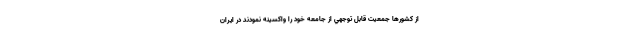
از كشورها جمعيت قابل توجهي از جامعه خود را واكسينه نمودند در ايران